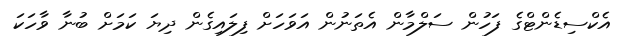
އެކްސިޑެންޓްގެ ފަހުން ސަލްމާން އެތަނުން އަވަހަށް ފިލައިގެން ދިޔަ ކަމަށް ބުނާ ވާހަކަ